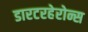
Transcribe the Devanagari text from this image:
डारटरहेरोन्स